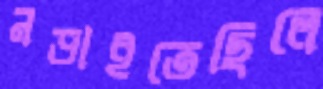
নড়াইতেছিলে